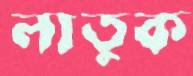
লাতুক